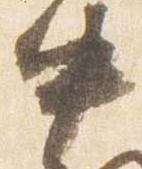
中